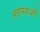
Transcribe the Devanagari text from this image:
ग्रहपथओं